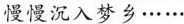
慢慢沉入梦乡……